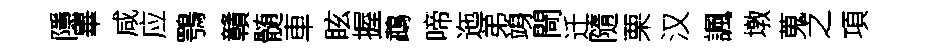
隱畢咸应鶚贛髄車眩握鵡啼迤弟竧閜迁隨栗汉諷墩蒐之項